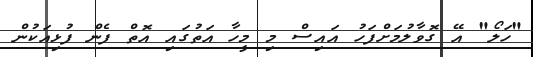
"ހަލޯ" އޭ ގޮވާލުމަށްފަހު އައިސް މި މީހާ އަތުގައި އޮތް ފެން ފުޅިއަކުން